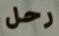
رحل